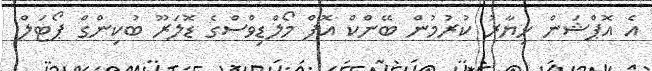
އެ އޮޕްޝަން ޚިޔާރު ކުރުމުން ބޭންކް އޮފް މޯލްޑިވްސްގެ ޑޮލަރޫ ބުކިންގް ޕޯޓަލް